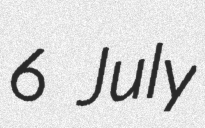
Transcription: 6 July